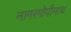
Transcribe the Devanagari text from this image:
नागरगोपीनाथ